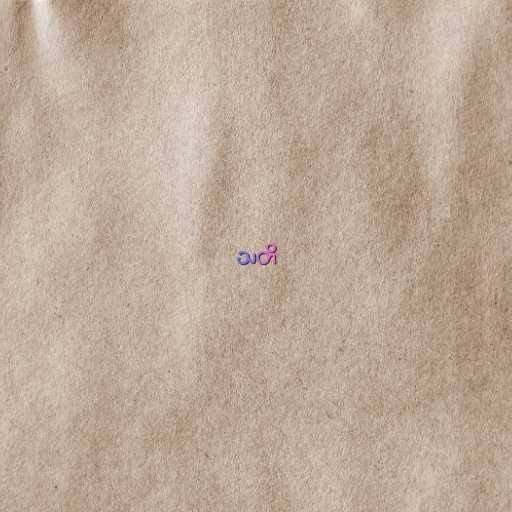
သတိ